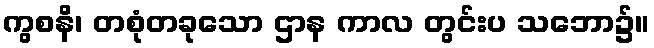
ကွစနိ၊ တစုံတခုသော ဌာန ကာလ တွင်းပ သဘော၌။